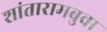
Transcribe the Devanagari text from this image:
शांतारामबुवा